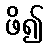
ဖိ၍